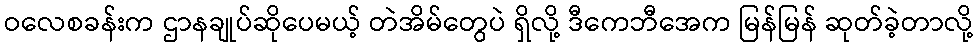
ဝလေစခန်းက ဌာနချုပ်ဆိုပေမယ့် တဲအိမ်တွေပဲ ရှိလို့ ဒီကေဘီအေက မြန်မြန် ဆုတ်ခဲ့တာလို့